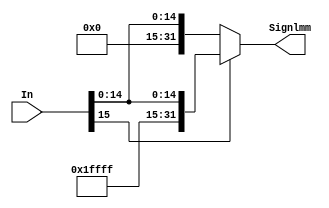
`timescale 1ns / 1ps
//////////////////////////////////////////////////////////////////////////////////
// Company: 
// Engineer: 
// 
// Design Name: 
// Module Name: Sign_Extend
// Project Name: 
// Target Devices: 
// Tool Versions: 
// Description: 
// 
// Dependencies: 
// 
// Revision:
// Revision 0.01 - File Created
// Additional Comments:
// 
//////////////////////////////////////////////////////////////////////////////////


module Sign_Extend(
    input [15:0] In,
    output [31:0] Signlmm
    );
    assign Signlmm = In[15]==1 ? {16'b1111111111111111,In} : {16'b0000000000000000,In};
endmodule